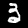
Label: 3